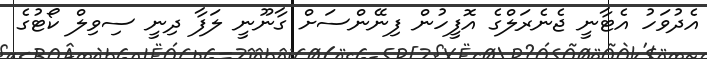
އެދުވަހު އެޓާނީ ޖެނެރަލްގެ އޮފީހުން ފިނޭންސަށް ގާނޫނީ ލަފާ ދިނީ ސިވިލް ކޯޓުގެ